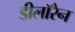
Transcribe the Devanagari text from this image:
डीलॉरेन